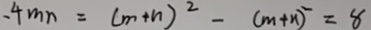
、 4 m n = ( m + n ) ^ { 2 } - ( m + n ) ^ { 2 } = 8